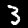
Digit: 3